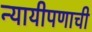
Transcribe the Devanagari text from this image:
न्यायीपणाची